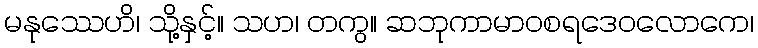
မနုဿေဟိ၊ သို့နှင့်။ သဟ၊ တကွ။ ဆဘုကာမာဝစရဒေဝလောကေ၊